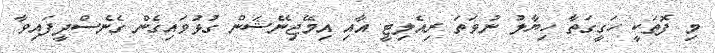
މި ފޮތަކީ ހަގީގަތާ ހިޔާލު ނުވަތަ ރިއެލިޓީ އާއި އިމޭޖިނޭޝަން ގުޅުވައިގެން ގެނެސްދީފައިވާ